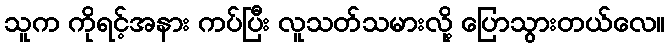
သူက ကိုရင့်အနား ကပ်ပြီး လူသတ်သမားလို့ ပြောသွားတယ်လေ။